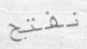
نفتح